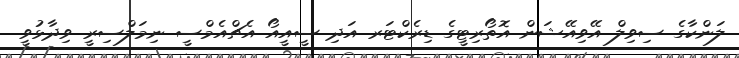
ލަންކާގެ ސިވިލް އޭވިއޭޝަން އޮތޯރިޓީގެ ޑިރެކްޓަރ އަދި ސީއީއޯ އެޗްއެމްސީ ނިމަލްސިރީ ވިދާޅުވީ